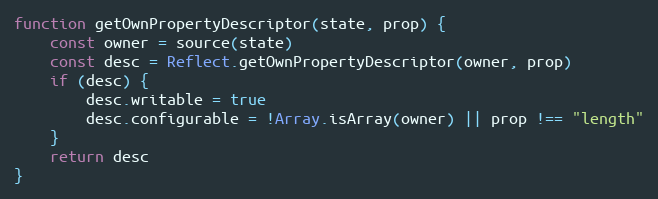
Language: JavaScript
function getOwnPropertyDescriptor(state, prop) {
    const owner = source(state)
    const desc = Reflect.getOwnPropertyDescriptor(owner, prop)
    if (desc) {
        desc.writable = true
        desc.configurable = !Array.isArray(owner) || prop !== "length"
    }
    return desc
}